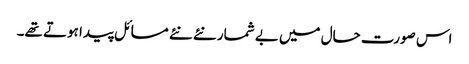
اس صورت حال میں بے شمار نئے نئے مسائل پیدا ہوتے تھے۔